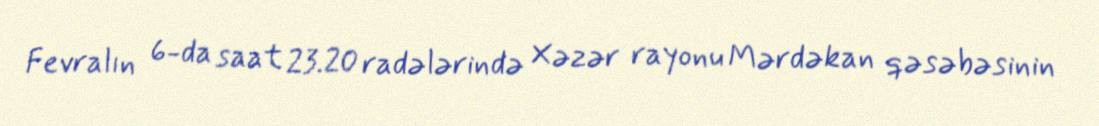
Fevralın 6-da saat 23.20 radələrində Xəzər rayonu Mərdəkan qəsəbəsinin